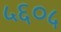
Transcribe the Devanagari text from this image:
५६०५